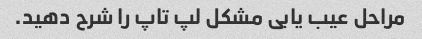
مراحل عیب یابی مشکل لپ تاپ را شرح دهید.